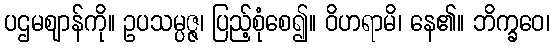
ပဌမဈာန်ကို။ ဥပသမ္ပဇ္ဇ၊ ပြည့်စုံစေ၍။ ဝိဟရာမိ၊ နေ၏။ ဘိက္ခဝေ၊